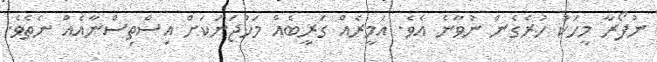
ނުފޯރާ މީހަކު ހުރެގެން ނުވާނެ އެވެ. އަމީރެއް ގަރީބެއް މަހުޖަނަކަށް އިސްތިސްނާއެއް ނެތެވެ.